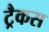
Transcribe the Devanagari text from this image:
ट्रैकस